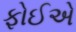
ફોઈએ